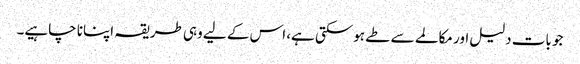
جو بات دلیل اور مکالمے سے طے ہوسکتی ہے، اس کے لیے وہی طریقہ اپنانا چاہیے۔